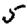
Digit: 5